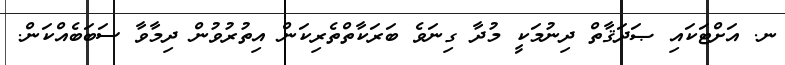
ނ. އަށްޓަކައި ޞަދަޤާތް ދިނުމަކީ މުދާ ގިނަވެ ބަރަކާތްތެރިކަން އިތުރުވުން ދިމާވާ ސަބަބެއްކަން.